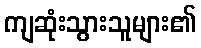
ကျဆုံးသွားသူများ၏